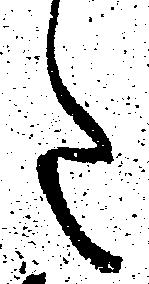
た